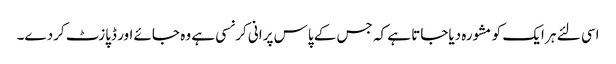
اسی لئے ہر ایک کو مشورہ دیاجاتا ہے کہ جس کے پاس پرانی کرنسی ہے وہ جائے اور ڈپازٹ کردے۔